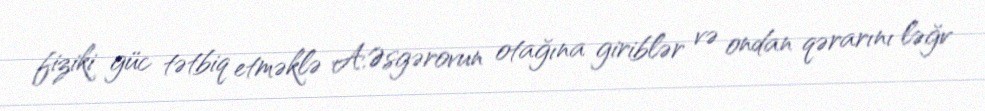
fiziki güc tətbiq etməklə A.Əsgərovun otağına giriblər və ondan qərarını ləğv